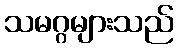
သမဂ္ဂများသည်